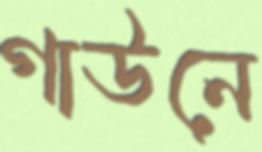
গাউনে